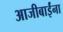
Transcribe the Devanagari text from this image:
आजीबाईंना